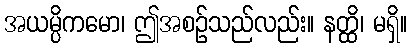
အယမ္ပိကမော၊ ဤအစဉ်သည်လည်း။ နတ္ထိ၊ မရှိ။